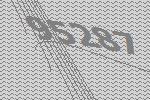
95287